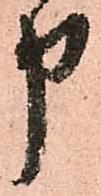
申